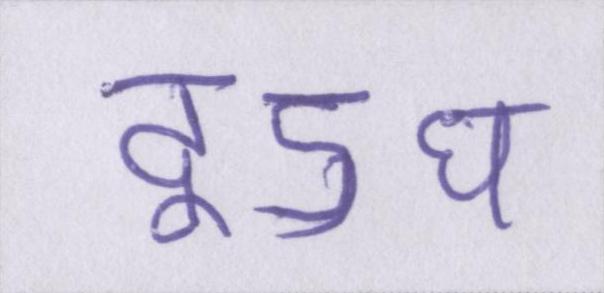
दूऽध